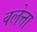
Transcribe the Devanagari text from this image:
वलेत्ता